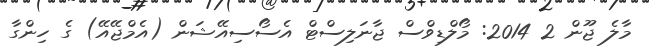
މާލެ ޖޫން 2 2014: މޯލްޑިވްސް ޖާނަލިސްޓް އެސޯސިއޭޝަން (އެމްޖޭއޭ) ގެ ހިންގާ